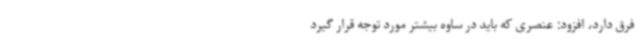
فرق دارد، افزود: عنصری که باید در ساوه بیشتر مورد توجه قرار گیرد